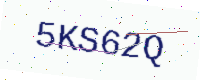
Text: 5KS62Q